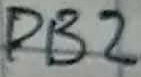
Text: DB2